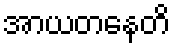
အာယတနေတိ